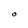
Character: O